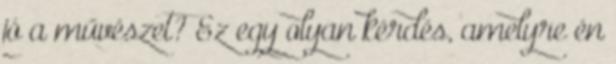
jó a művészet? Ez egy olyan kérdés, amelyre én